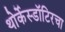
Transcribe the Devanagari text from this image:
थोर्केस्डॉटिरचा